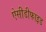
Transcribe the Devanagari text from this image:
ऐसीडीफाइड